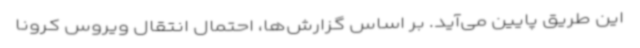
این طریق پایین می‌آید. بر اساس گزارش‌ها، احتمال انتقال ویروس کرونا